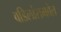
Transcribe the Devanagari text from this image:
वडिलांसमवेत